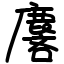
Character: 麐